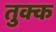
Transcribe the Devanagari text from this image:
तुक्क